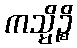
ကသ္မိဉ္စိ